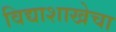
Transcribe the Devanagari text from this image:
विद्याशाखेचा